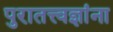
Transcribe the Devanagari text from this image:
पुरातत्त्वज्ञांना